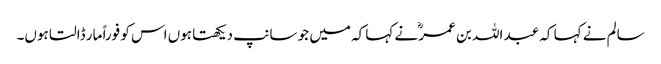
سالم نے کہا کہ عبد اللہ بن عمرؓ نے کہا کہ میں جو سانپ دیکھتا ہوں اس کو فوراً مار ڈالتا ہوں۔